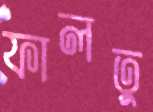
ফালতুু